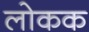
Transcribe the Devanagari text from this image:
लोकक